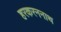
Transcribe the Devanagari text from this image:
हरकरननाथ